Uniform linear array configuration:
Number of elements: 8
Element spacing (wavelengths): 1
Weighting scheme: hann
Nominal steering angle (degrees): -60
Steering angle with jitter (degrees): -58.531
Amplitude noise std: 0.05
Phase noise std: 0.05

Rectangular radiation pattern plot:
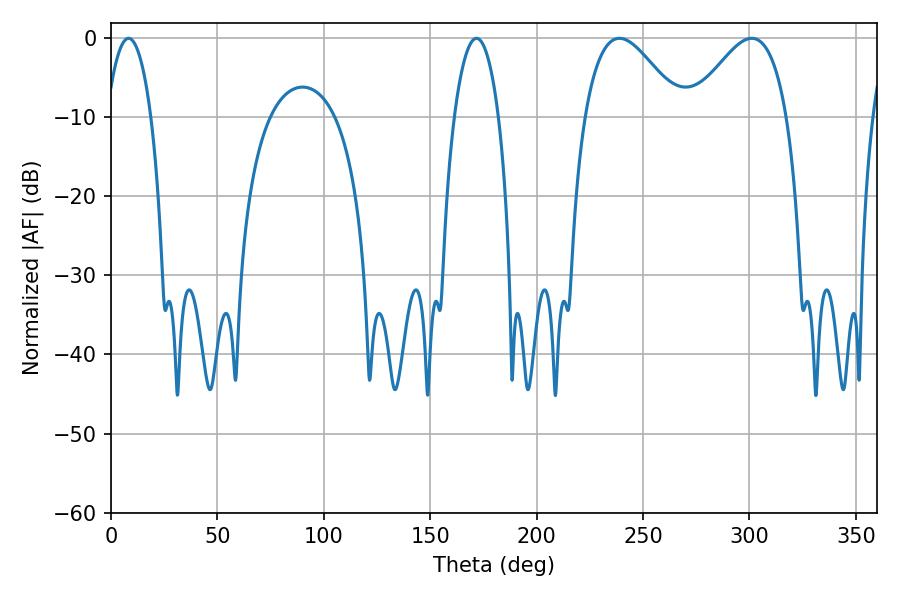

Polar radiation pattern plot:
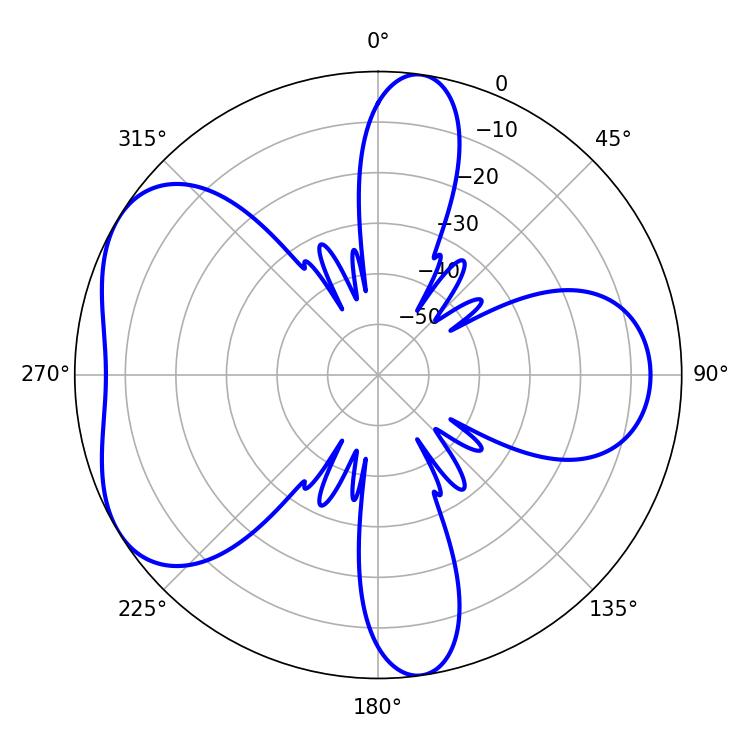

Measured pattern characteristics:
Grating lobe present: TRUE
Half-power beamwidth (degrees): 11.52
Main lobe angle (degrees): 8.28